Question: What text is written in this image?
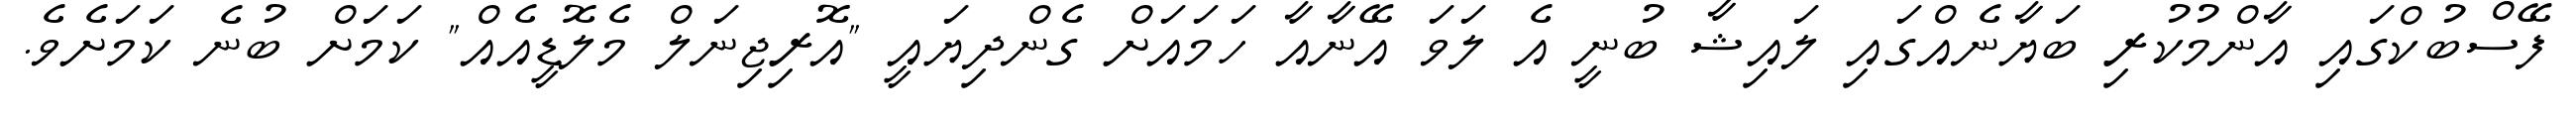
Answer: ފޭސްބުކްގައި އާންމުކުރި ބަޔާނެއްގައި ލައިޝާ ބުނީ އެ ލަވަ އޭނާއާ ހަމައަށް ގެންދިޔައީ "އޮރިޖިނަލް މެލޮޑީއެއް" ކަމަށް ބުނެ ކަމަށެވެ.